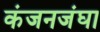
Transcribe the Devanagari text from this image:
कंजनजंघा